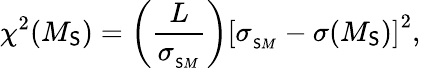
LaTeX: \chi^{2}(M_{\mathsf{S}})=\left(\frac{{L}}{{\sigma_{_{\mathsf{S}M}}}}\right)\left[\sigma_{_{\mathsf{S}M}}-\sigma(M_{\mathsf{S}})\right]^{2},